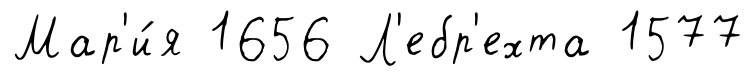
Мар'и́я 1656 Л'ебр'ехта 1577